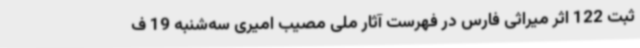
ثبت 122 اثر میراثی فارس در فهرست آثار ملی مصیب امیری سه‌شنبه 19 ف